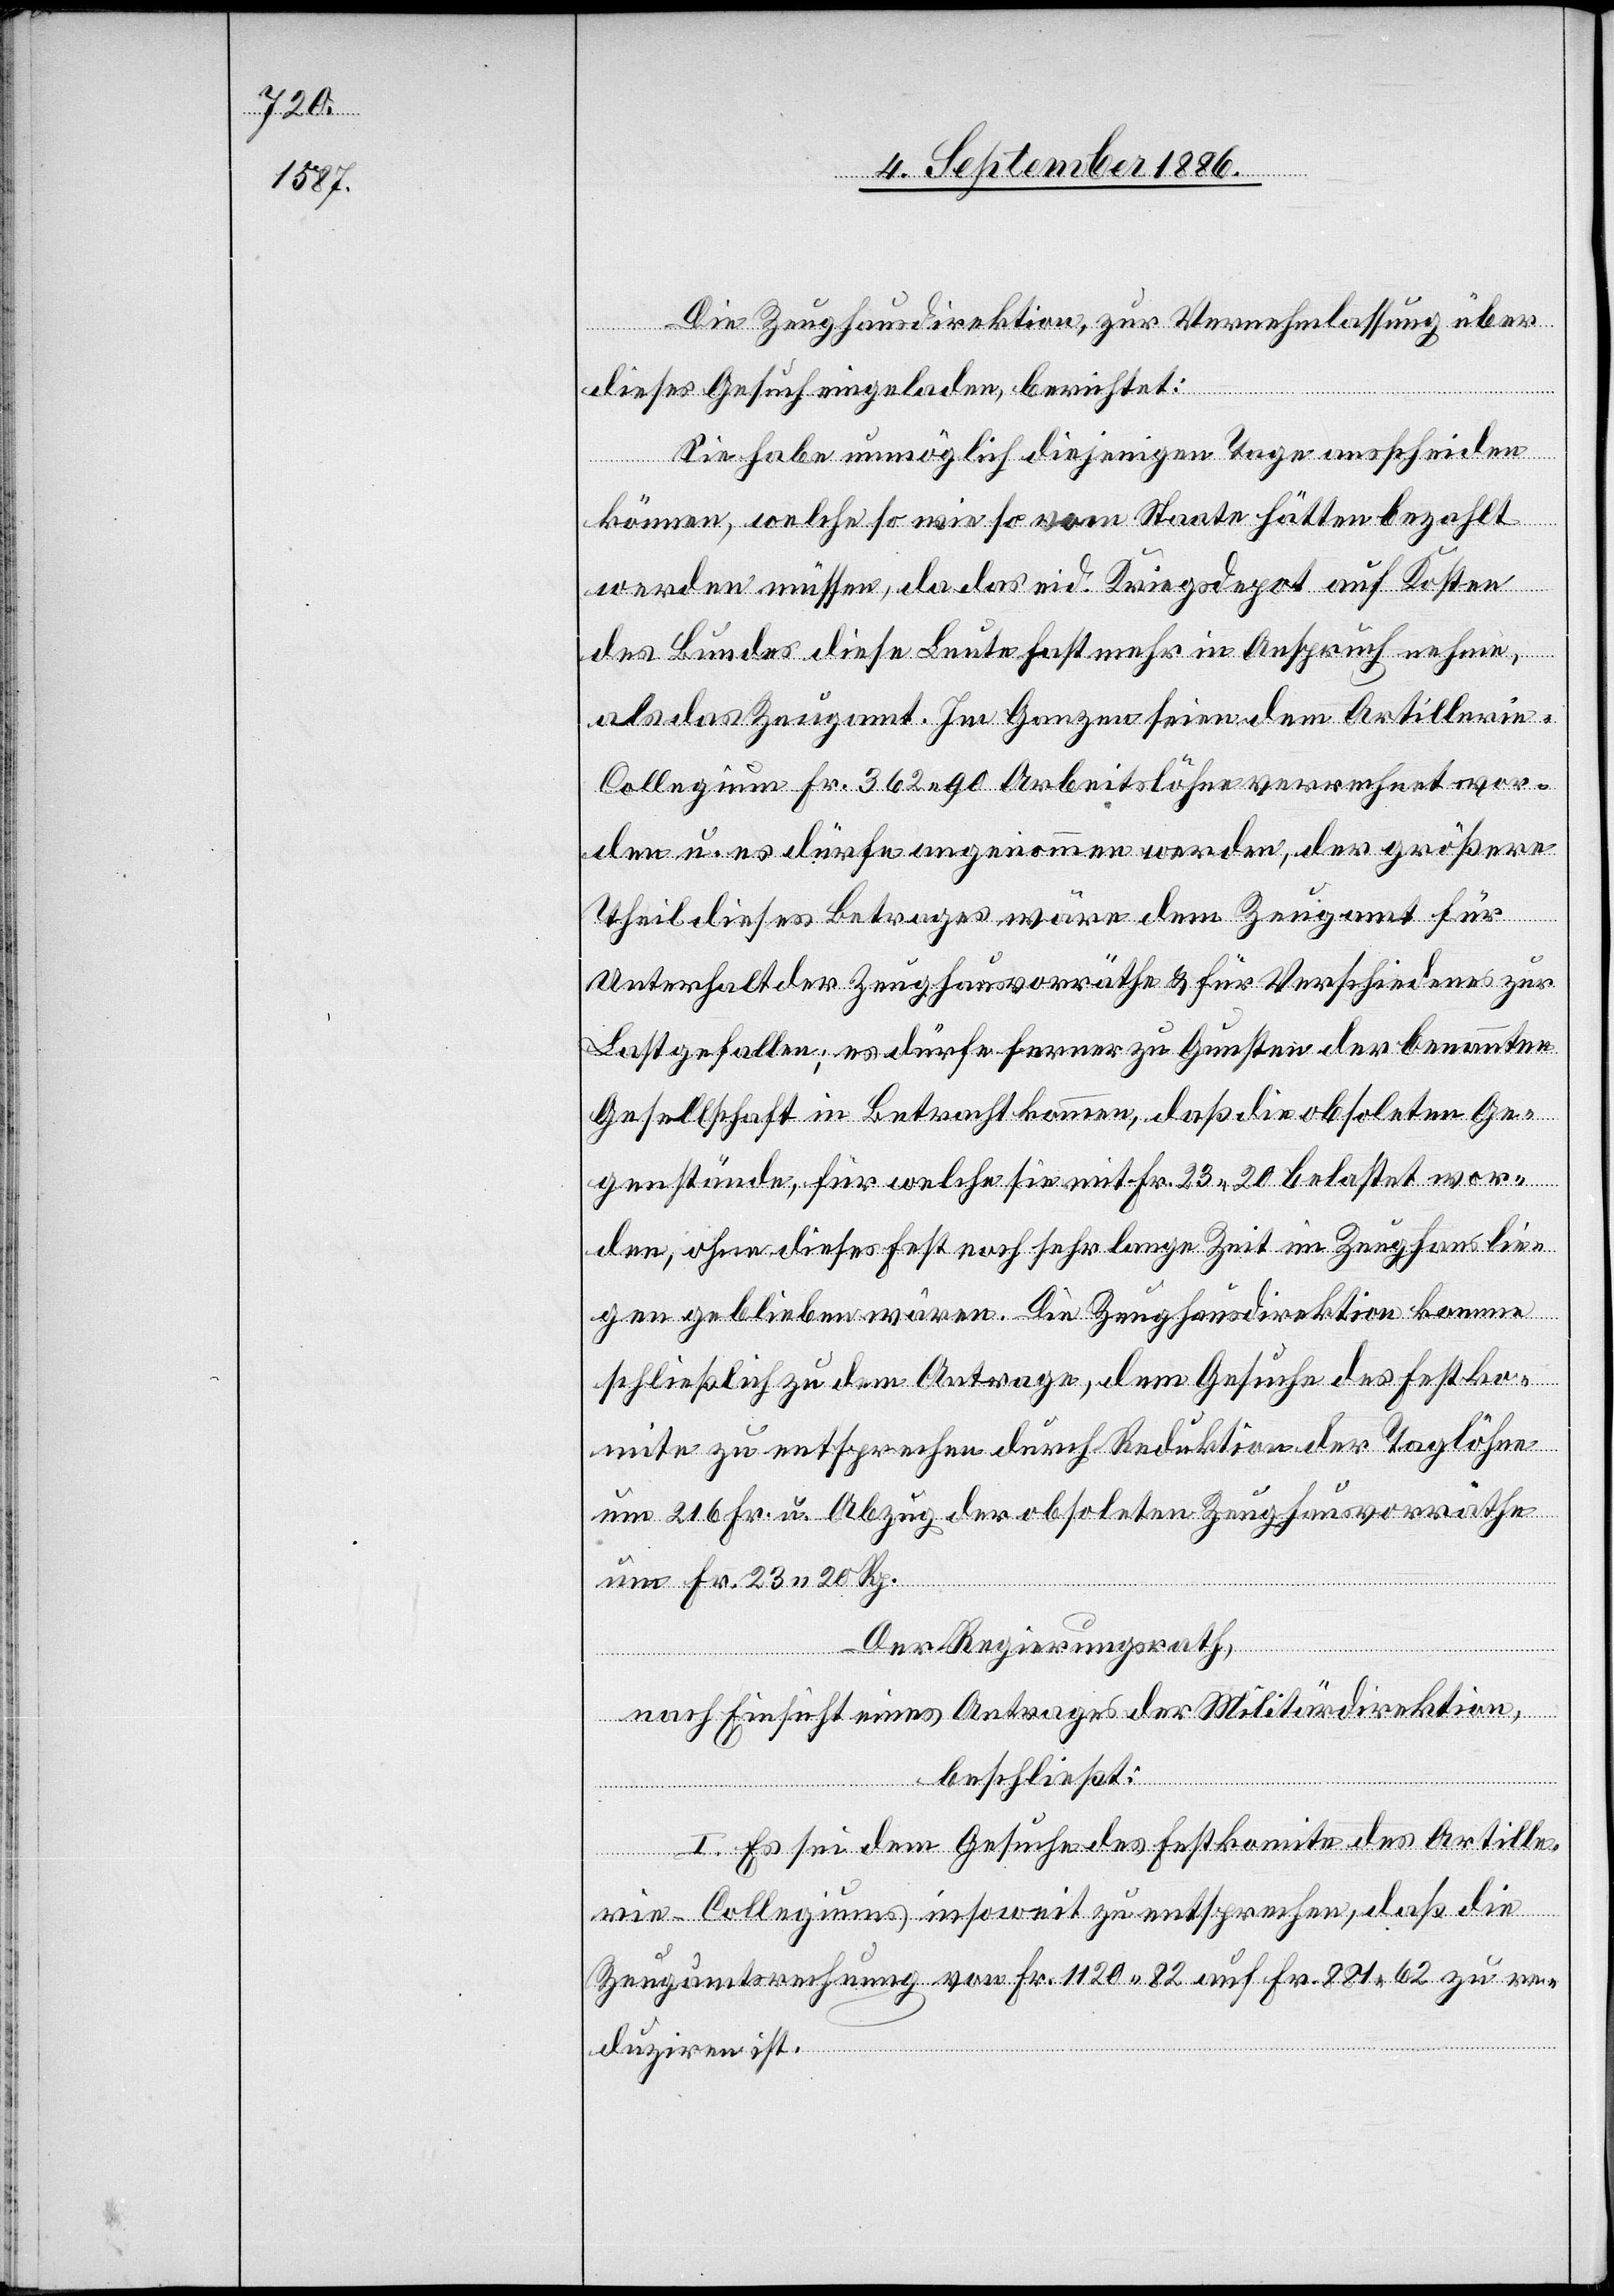
Die Zeughausdirektion, zur Vernehmlassung über
dieses Gesuch eingeladen, berichtet:
Sie habe unmöglich diejenigen Tage ausscheiden
können, welche so wie so vom Staate hätten bezahlt
werden müssen, da das eid. Kriegsdepot auf Kosten
des Bundes diese Leute fast mehr in Anspruch nehme,
als das Zeugamt. Im Ganzen seien dem Artilleri¬
e-Collegium Fr. 362 90 Arbeitslöhne verrechnet wor¬
den u. es dürfe angenommen werden, der größere
Theil dieses Betrages wäre dem Zeugamt für
Unterhalt der Zeughausvorräthe & für Verschiedenes zur
Last gefallen; es dürfe ferner zu Gunsten der benannten
Gesellschaft in Betracht kommen, daß die obsoleten Ge¬
genstände, für welche sie mit Fr. 23 20 belastet wor¬
den, ohne dieses Fest noch sehr lange im Zeughaus lie¬
gen geblieben wären. Die Zeughausdirektion komme
schließlich zu dem Antrage, dem Gesuche des Festko¬
mite zu entsprechen durch Reduktion der Taglöhne
um 216 Fr. u. Abzug der obsoleten Zeughausvorräthe
um Fr. 23 20 Rp.
Der Regierungsrath,
nach Einsicht eines Antrages der Militärdirektion,
beschließt:
I. Es sei dem Gesuche des Festkomites des Artille¬
rie-Collegiums insoweit zu entsprechen, daß die
Zeugamtsrechnung von Fr. 1120 82 auf Fr. 881 62 zu re¬
duziren ist.